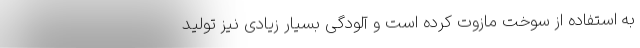
به استفاده از سوخت مازوت کرده است و آلودگی بسیار زیادی نیز تولید